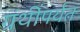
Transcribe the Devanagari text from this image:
ग्रंथींपर्यंत